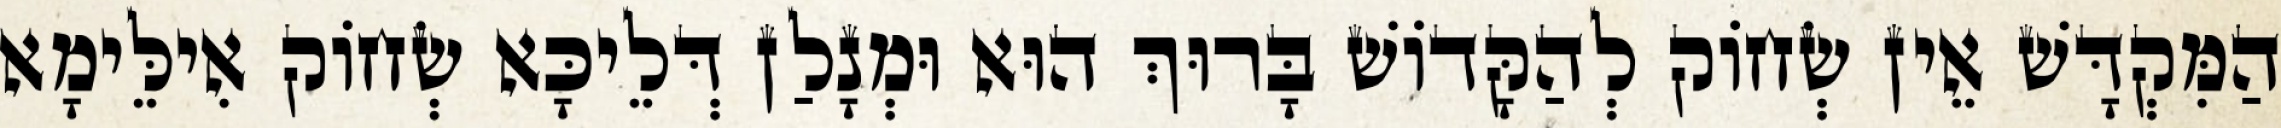
הַמִּקְדָּשׁ אֵין שְׂחוֹק לְהַקָּדוֹשׁ בָּרוּךְ הוּא וּמְנָלַן דְּלֵיכָּא שְׂחוֹק אִילֵּימָא